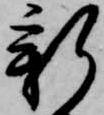
新